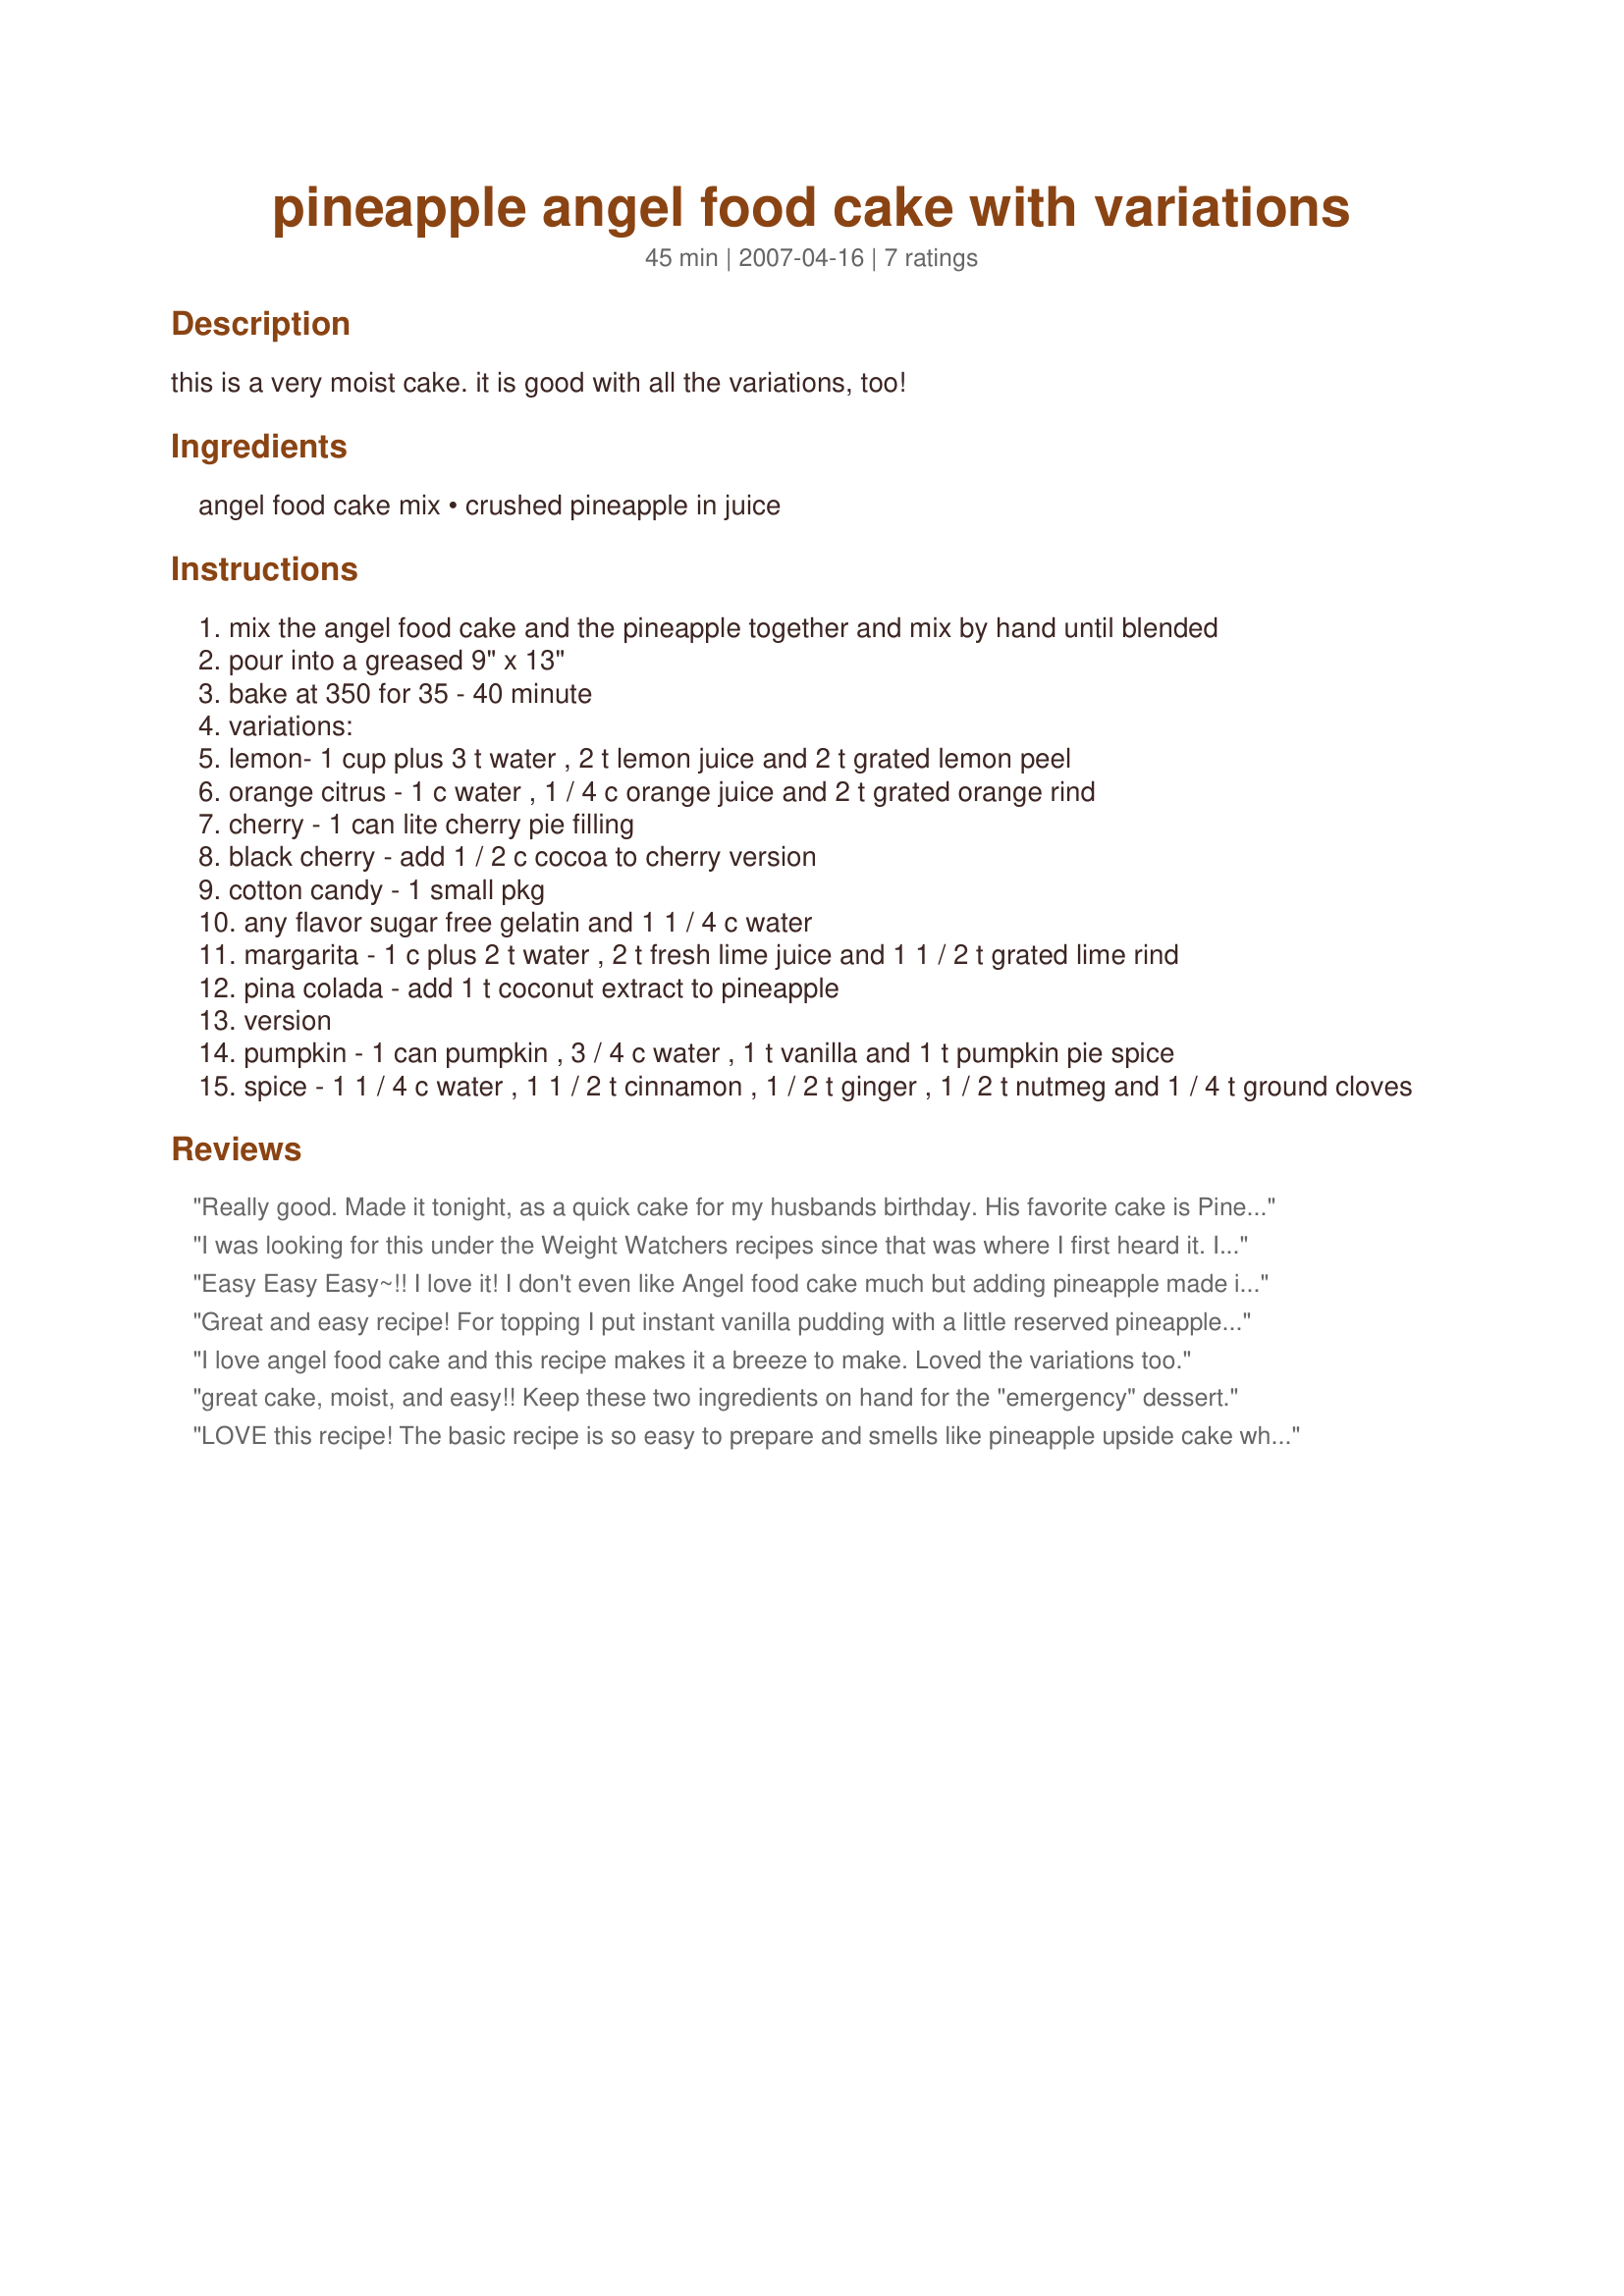
pineapple angel food cake with variations
Preparation time: 45 minutes

this is a very moist cake. it is good with all the variations, too!

Ingredients:
angel food cake mix, crushed pineapple in juice

Steps:
mix the angel food cake and the pineapple together and mix by hand until blended
pour into a greased 9" x 13"
bake at 350 for 35 - 40 minute
variations:
lemon- 1 cup plus 3 t water , 2 t lemon juice and 2 t grated lemon peel
orange citrus - 1 c water , 1 / 4 c orange juice and 2 t grated orange rind
cherry - 1 can lite cherry pie filling
black cherry - add 1 / 2 c cocoa to cherry version
cotton candy - 1 small pkg
any flavor sugar free gelatin and 1 1 / 4 c water
margarita - 1 c plus 2 t water , 2 t fresh lime juice and 1 1 / 2 t grated lime rind
pina colada - add 1 t coconut extract to pineapple
version
pumpkin - 1 can pumpkin , 3 / 4 c water , 1 t vanilla and 1 t pumpkin pie spice
spice - 1 1 / 4 c water , 1 1 / 2 t cinnamon , 1 / 2 t ginger , 1 / 2 t nutmeg and 1 / 4 t ground cloves

Reviews:
Really good. Made it tonight, as a quick cake for my husbands birthday. His favorite cake is Pineapple Upside, and this was very similar to it, but MUCH easier.

I used a bundt pan, but it didn't want to release from the pan... But that was ok, we just scooped it out and ate it warm. It was very tasty. I will definitely make it again!
I was looking for this under the Weight Watchers recipes since that was where I first heard it. I wish I could remember how many points there were...
Easy Easy Easy~!! I love it! I don't even like Angel food cake much but adding pineapple made it very good. I am excited to try the other variations listed!! Thanks!
Great and easy recipe! For topping I put instant vanilla pudding with a little reserved pineapple juice in it and then added cool whip on top of that! Thanks for posting!
I love angel food cake and this recipe makes it a breeze to make. Loved the variations too.
great cake, moist, and easy!! Keep these two ingredients on hand for the "emergency" dessert.
LOVE this recipe! The basic recipe is so easy to prepare and smells like pineapple upside cake while baking. Tastes a bit like it, too, but without all the calories! I like it for breakfast with a cup of tea.
